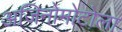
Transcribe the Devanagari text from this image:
अजिनोमोटोला